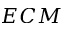
E C M